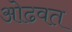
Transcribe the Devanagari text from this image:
ओढवत